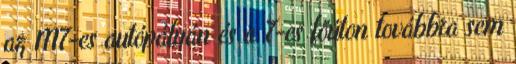
az M7-es autópályán és a 7-es főúton továbbra sem